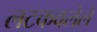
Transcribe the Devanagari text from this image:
लटकवलेले